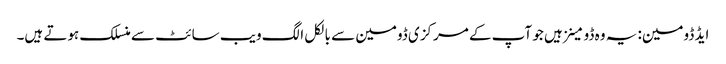
ایڈ ڈومین: یہ وہ ڈومینز ہیں جو آپ کے مرکزی ڈومین سے بالکل الگ ویب سائٹ سے منسلک ہوتے ہیں۔